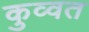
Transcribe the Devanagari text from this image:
कुव्‍वत